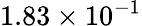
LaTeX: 1.83\times 10^{-1}